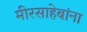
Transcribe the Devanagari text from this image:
मीरसाहेबांना